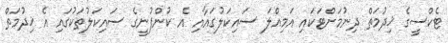
ޓެކްސީގެ ޚިދުމަތް ދިނުމަށްޓަކައި އަމިއްލަ ސައިކަލުގައާއި އެ ކުންފުނީގެ ސައިކަލުތަކުގައި އެ ޚިދުމަތް